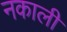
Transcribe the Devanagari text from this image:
नकाली